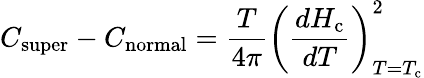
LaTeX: C_{\mathrm{super}}-C_{\mathrm{normal}}={\frac{T}{4\pi}}\left({\frac{dH_{\mathrm{c}}}{dT}}\right)_{T=T_{\mathrm{c}}}^{2}